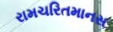
રામચરિતમાનસ